Kambja_algkool, lk 58
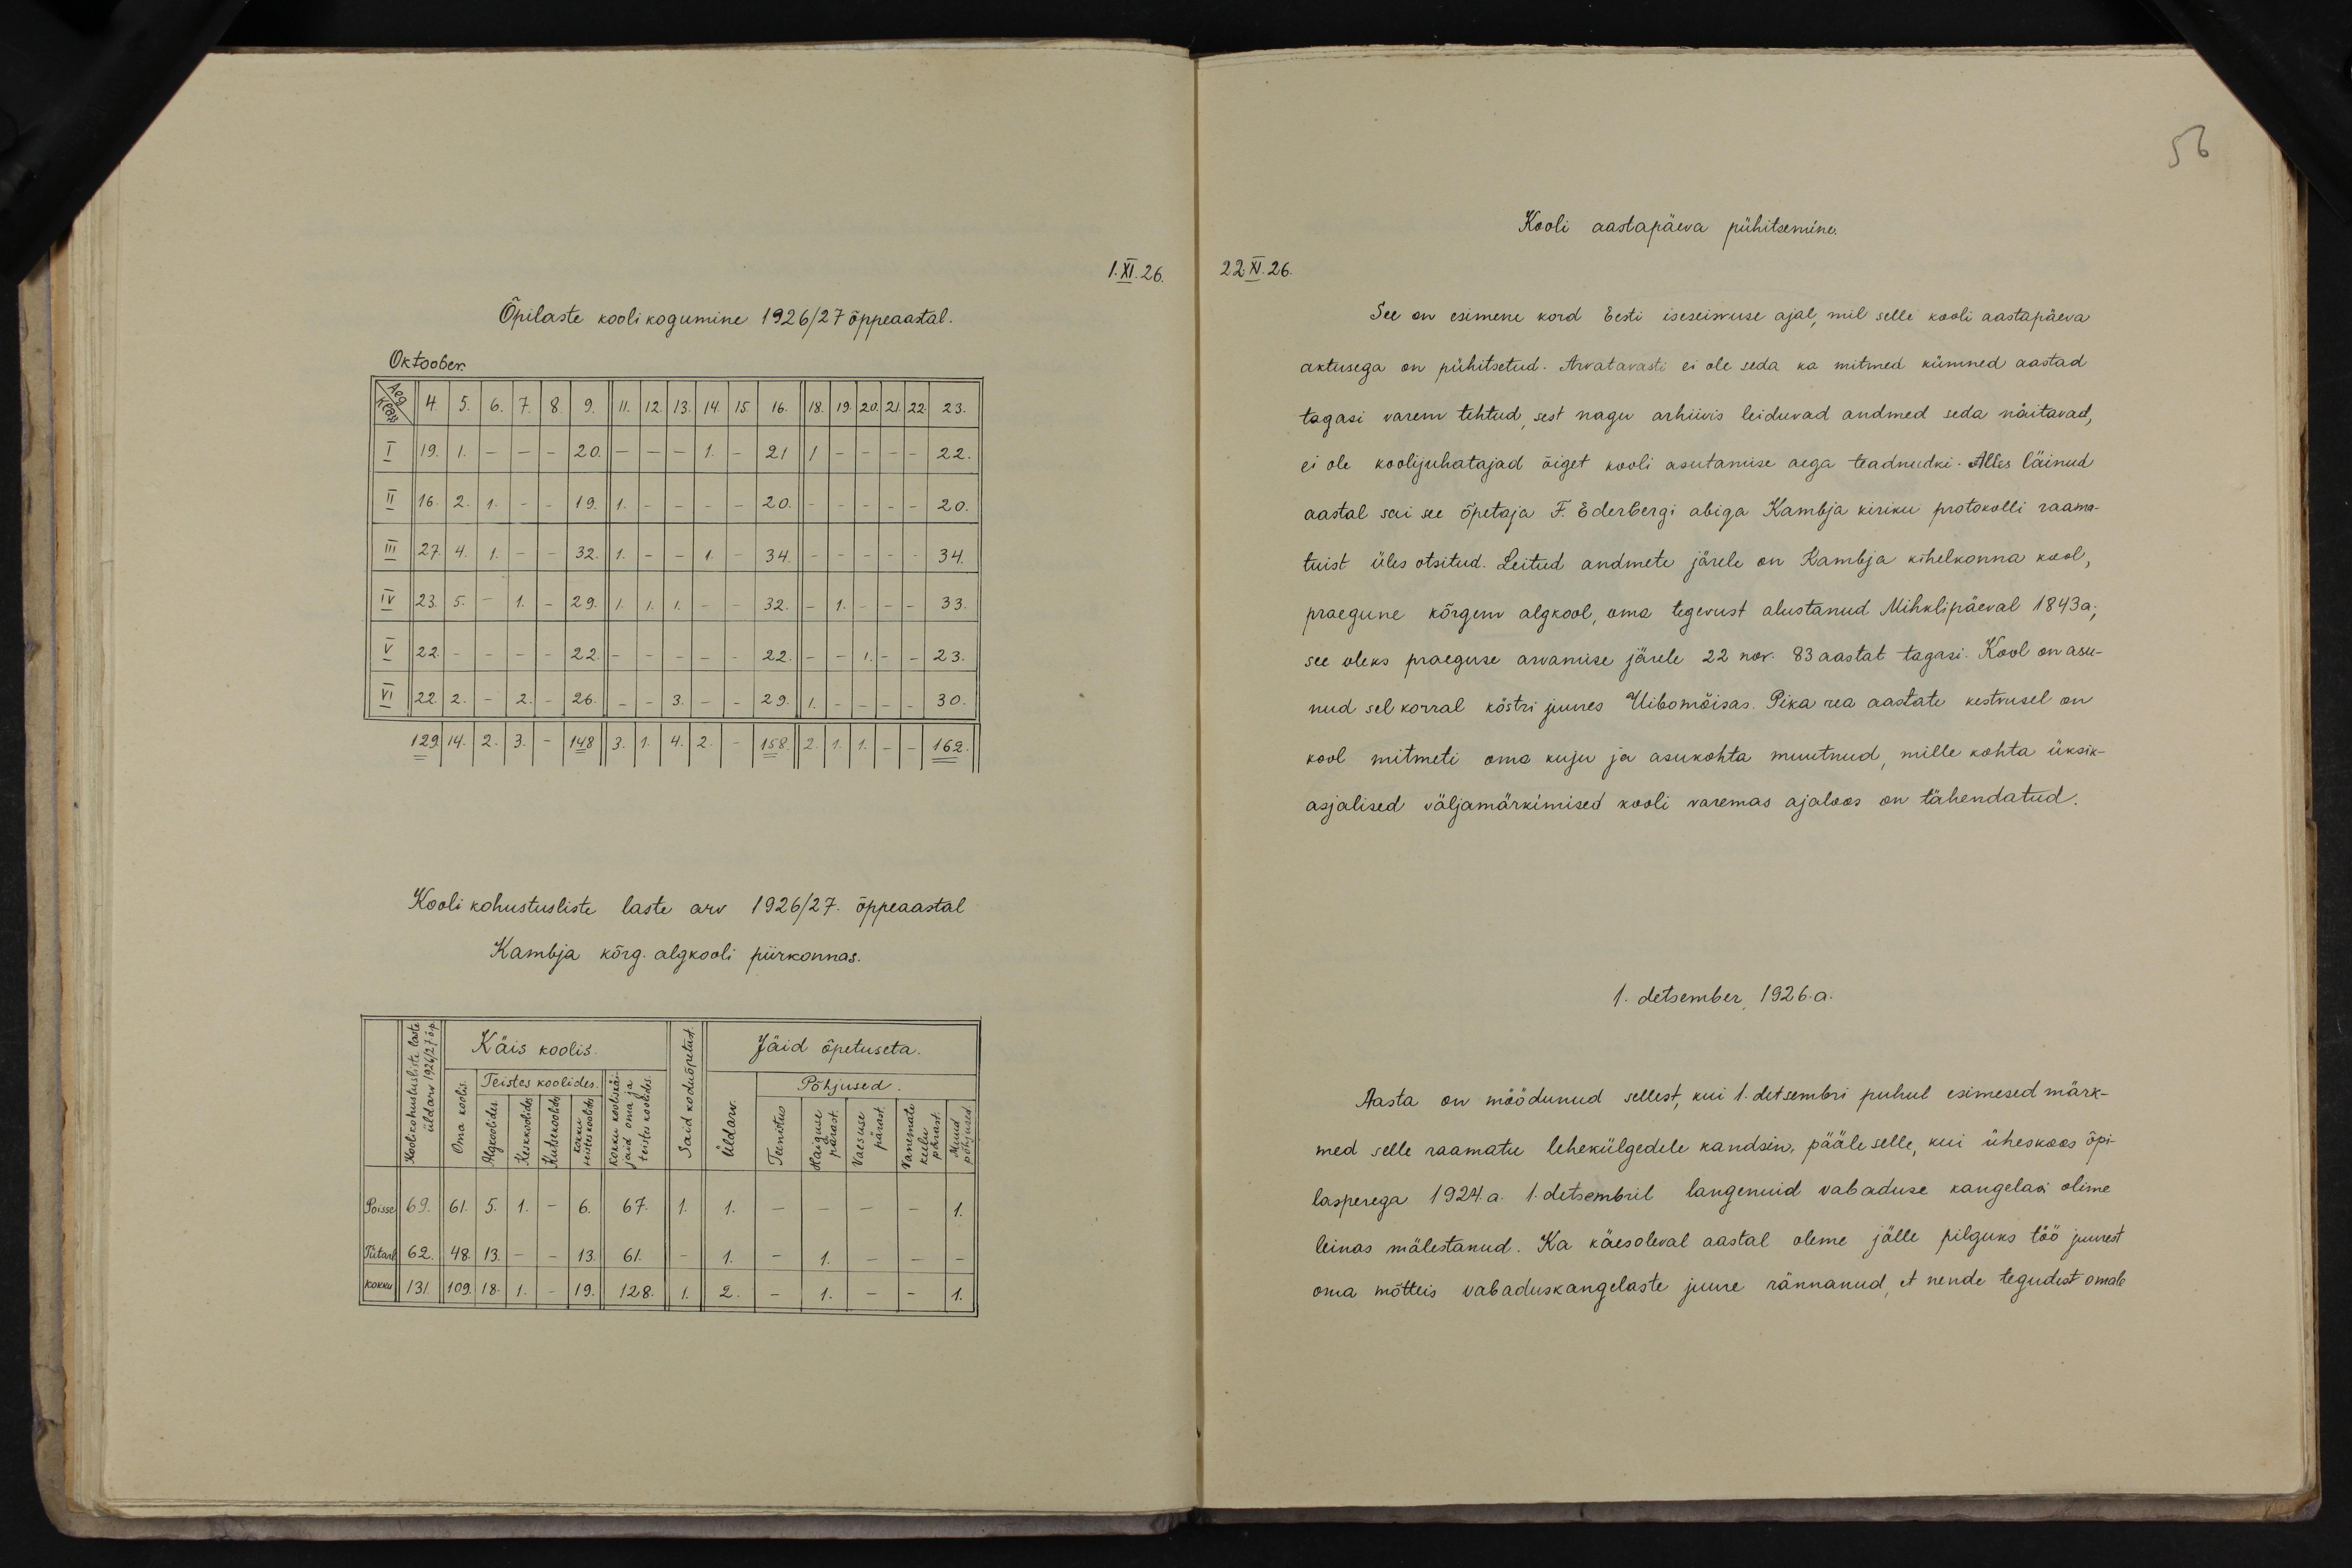
56

Õpilaste kooli kogumine 1926/27 õppeaastal.
Oktoober.
Aeg/Klass 4. 5. 6. 7. 8. 9. 11. 12. 13. 14. 15. 16. 18. 19. 20. 21. 22. 23.
I 19. 1. - - - 20 - - - 1 - 21 1 - - - - 22
II 16. 2. 1. - - 19. 1. - - - - 20. - - - - - 20
III 27. 4. 1. - - 32. 1. - - 1. - 34. - - - - - 33.
IV 23. 5. - 1. - 29. 1. 1. 1. - - 32. - 1. - - - 33.
V 22. - - - - 22. - - - - - 22. - - 1. - - 23.
VI 22. 2. - 2. - 26. - - 3- - - 29. 1. - - - - 30.
129. 14.2. 3. - 148. 3. 1. 4. 2. - 158. 2. 1. 1. - - 162
Kooli kohustusliste laste arv 1926/27. õppeaastal
Kambja kõrg. algkooli piirkonnas.
Koolikohustuslike laste
Teistes koolides
üldarv 1926/27. õ.p.
Käis koolis
Said koduõpetust.
Jäid õpetuseta.
Põhjused
oma koolis
Algkoolides
keskkoolides
Kokku kooliskäijaid oma ja teistes koolides
said koduõpetust
üldarv
Teenistus
Kutsekoolides
haiguse pärast
kokku teistes koolides
Muud põhjused
Vanemate keelu pärast
vaesuse pärast
Poisse
69.
6.
67.
1.
5
61
5
1
1
Tütarl
62.
13.
61.
1.
48
13
1.
19
128
2.
Kokku
131
1.
109
18
1
1.
1

Kooli aastapäeva pühitsemine.
1. XI. 26
22. XI. 26
See on esimene kord Eesti iseseiswuse ajal, mil selle kooli aastapäeva
aktusega on pühitsetud. Arvatavasti ei ole seda ka mitmed kümned aastad
tagasi varem tehtud sest nagu arhiivis leiduvad andmed seda näitavad,
ei ole koolijuhatajad õiget kooli asutamise aega teadnudki. Alles läinud
aastal sai see õpetaja F. Ederbergi abiga Kambja kiriku protokolli raama-
tuist üles otsitud. Leitud andmete järele on Kambja kihelkonna kool,
praegune kõrgem algkool, oma tegevust alustanud Mihklipäeval 1843a.
see oleks praeguse arvamise järele 22 nov. 83 aastat tagasi. Kool on asu-
nud sel korral köstri juures Uibomõisas. Pika rea aastate kestvusel on
kool mitmeti oma kuju ja asukohta muutnud, mille kohta üksik-
asjalised väljamärkimised kooli varemas ajaloos on tähendatud.
1. detsember 1926. a.
Aasta on möödunud sellest, kui 1. detsembri puhul esimesed märk-
med selle raamatu lehekülgedele kandsin, pääle selle, kui üheskoos õpi-
lasperega 1924.a. 1. detsembril langenuid vabaduse kangelasi olime-
leinas mälestanud. Ka käesoleval aastal oleme jälle pilguks töö juurest
oma mõtteis vabaduskangelaste juure rännanud, et nende tegudest omale